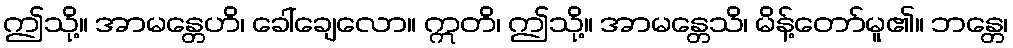
ဤသို့။ အာမန္တေဟိ၊ ခေါ်ချေလော။ ဣတိ၊ ဤသို့။ အာမန္တေသိ၊ မိန့်တော်မူ၏။ ဘန္တေ၊